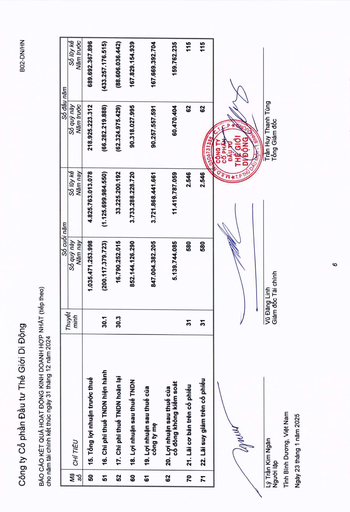
|||Thuyết|Số cuối|năm|Số đầu|năm| |---|---|---|---|---|---|---| |Mã số|CHI TIÊU|minh|Số quý này Năm nay|Số lũy kế Năm nay|Số quý này Năm trước|Số lũy kế Năm trước| |50|15. Tổng lợi nhuận trước thuế||1.035.471.253.998|4.825.763.013.078|218.925.223.312|689.692.367.896| |51|16. Chi phí thuế TNDN hiện hành|30.1|(200.117.379.723)|(1.125.699.984.550)|(66.282.219.888)|(433.257.176.515)| |52|17. Chi phí thuế TNDN hoãn lại|30.3|16.790.252.015|33.225.200.192|(62.324.975.429)|(88.606.036.442)| |60|18. Lợi nhuận sau thuế TNDN||852.144.126.290|3.733.288.228.720|90.318.027.995|167.829.154.939| |61|19. Lợi nhuận sau thuế của công ty mẹ||847.004.382.205|3.721.868.441.661|90.257.557.591|167.669.392.704| |62|20. Lợi nhuận sau thuế của cổ đông không kiểm soát||5.139.744.085|11.419.787.059|60.470.404|159.762.235| |70|21. Lãi cơ bản trên cổ phiếu|31|580|2.546|62|115| |71|22. Lãi suy giảm trên cổ phiếu|31|580|2.546|62 0306731335|115|